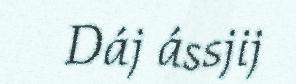
Dáj ássjij